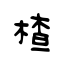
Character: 楂